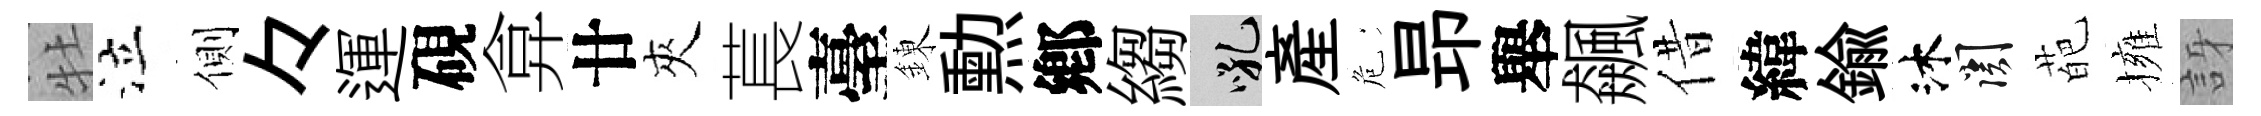
牡泣側々運硯弇廿夾萇臺錬勲鄕縐吼産危昻舉飆借緯鍮沐關葩擁訝